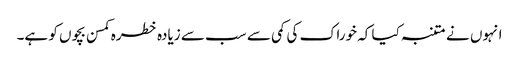
انہوں نے متنبہ کیا کہ خوراک کی کمی سے سب سے زیادہ خطرہ کمسن بچوں کو ہے۔